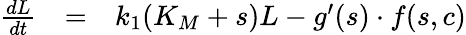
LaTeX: \begin{array}{rcl}{\frac{dL}{dt}}&{=}&{k_{1}(K_{M}+s)L-g^{\prime}(s)\cdot f(s,c)}\end{array}